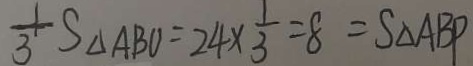
\frac { 1 } { 3 } S _ { \Delta } A B O = 2 4 \times \frac { 1 } { 3 } = 8 = S _ { \Delta } A B P